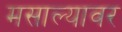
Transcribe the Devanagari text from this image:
मसाल्यावर